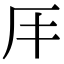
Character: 𠨭